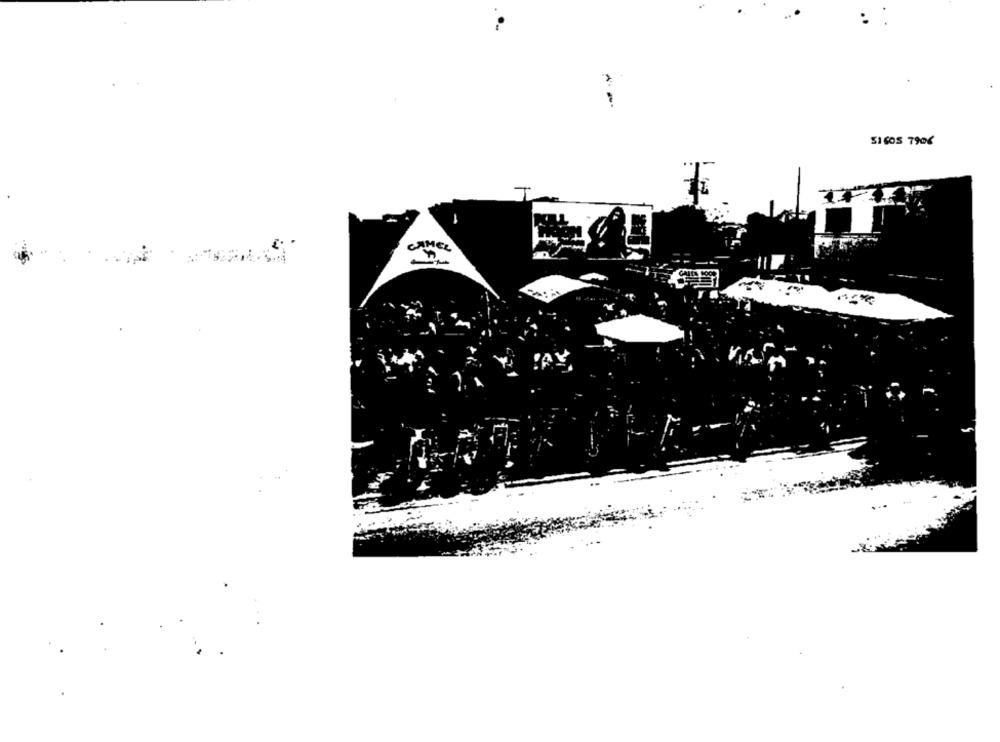
SICOS 7906
T
CAMEL